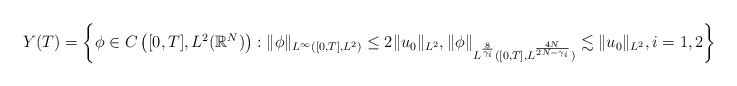
\begin{align*}Y(T) & = \left\{\phi \in C\left([0,T], L^2(\mathbb R^N) \right): \|\phi \|_{L^{\infty}([0, T], L^2)} \leq 2 \|u_0\|_{L^2}, \|\phi\|_{L^{\frac{8}{\gamma_i}} ([0,T], L^{\frac{4N}{2N-\gamma_i}} ) } \lesssim \|u_0\|_{L^2}, i=1,2\right\}\end{align*}